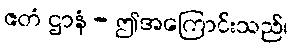
ဧတံ ဌာနံ - ဤအကြောင်းသည်၊